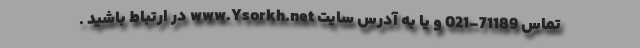
تماس 71189-021 و یا به آدرس سایت www.Ysorkh.net در ارتباط باشید .